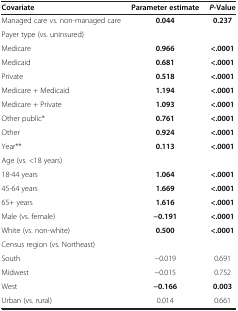
<table><thead><tr><td><b>Covariate</b></td><td><b>Parameter estimate</b></td><td><b><i>P</i>-Value</b></td></tr></thead><tbody><tr><td>Managed care vs. non-managed care</td><td><b>0.044</b></td><td><b>0.237</b></td></tr><tr><td colspan="3">Payer type (vs. uninsured)</td></tr><tr><td>Medicare</td><td><b>0.966</b></td><td><b>&lt;.0001</b></td></tr><tr><td>Medicaid</td><td><b>0.681</b></td><td><b>&lt;.0001</b></td></tr><tr><td>Private</td><td><b>0.518</b></td><td><b>&lt;.0001</b></td></tr><tr><td>Medicare + Medicaid</td><td><b>1.194</b></td><td><b>&lt;.0001</b></td></tr><tr><td>Medicare + Private</td><td><b>1.093</b></td><td><b>&lt;.0001</b></td></tr><tr><td>Other public*</td><td><b>0.761</b></td><td><b>&lt;.0001</b></td></tr><tr><td>Other</td><td><b>0.924</b></td><td><b>&lt;.0001</b></td></tr><tr><td>Year**</td><td><b>0.113</b></td><td><b>&lt;.0001</b></td></tr><tr><td colspan="3">Age (vs. &lt;18 years)</td></tr><tr><td>18-44 years</td><td><b>1.064</b></td><td><b>&lt;.0001</b></td></tr><tr><td>45-64 years</td><td><b>1.669</b></td><td><b>&lt;.0001</b></td></tr><tr><td>65+ years</td><td><b>1.616</b></td><td><b>&lt;.0001</b></td></tr><tr><td>Male (vs. female)</td><td><b>−0.191</b></td><td><b>&lt;.0001</b></td></tr><tr><td>White (vs. non-white)</td><td><b>0.500</b></td><td><b>&lt;.0001</b></td></tr><tr><td colspan="3">Census region (vs. Northeast)</td></tr><tr><td>South</td><td>−0.019</td><td>0.691</td></tr><tr><td>Midwest</td><td>−0.015</td><td>0.752</td></tr><tr><td>West</td><td><b>−0.166</b></td><td><b>0.003</b></td></tr><tr><td>Urban (vs. rural)</td><td>0.014</td><td>0.661</td></tr></tbody></table>